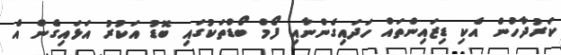
ކަރުދާހުން އެކި ޑިޒައިންތައް ހަދައިގެންނާއި ފޯމް ބޯޑްތަކުގައި ބޮޑު އަކުރު އަޅައިގެން އެ